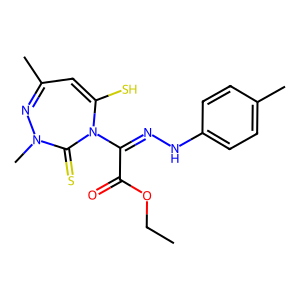
SMILES: CCOC(=O)C(=NNc1ccc(C)cc1)N1C(=S)N(C)N=C(C)C=C1S
Inhibits HIV replication: No